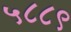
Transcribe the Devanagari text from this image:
५८८९